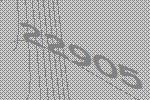
22905